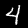
Digit: 4